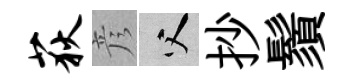
荻彦父抄鬚